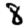
Digit: 8